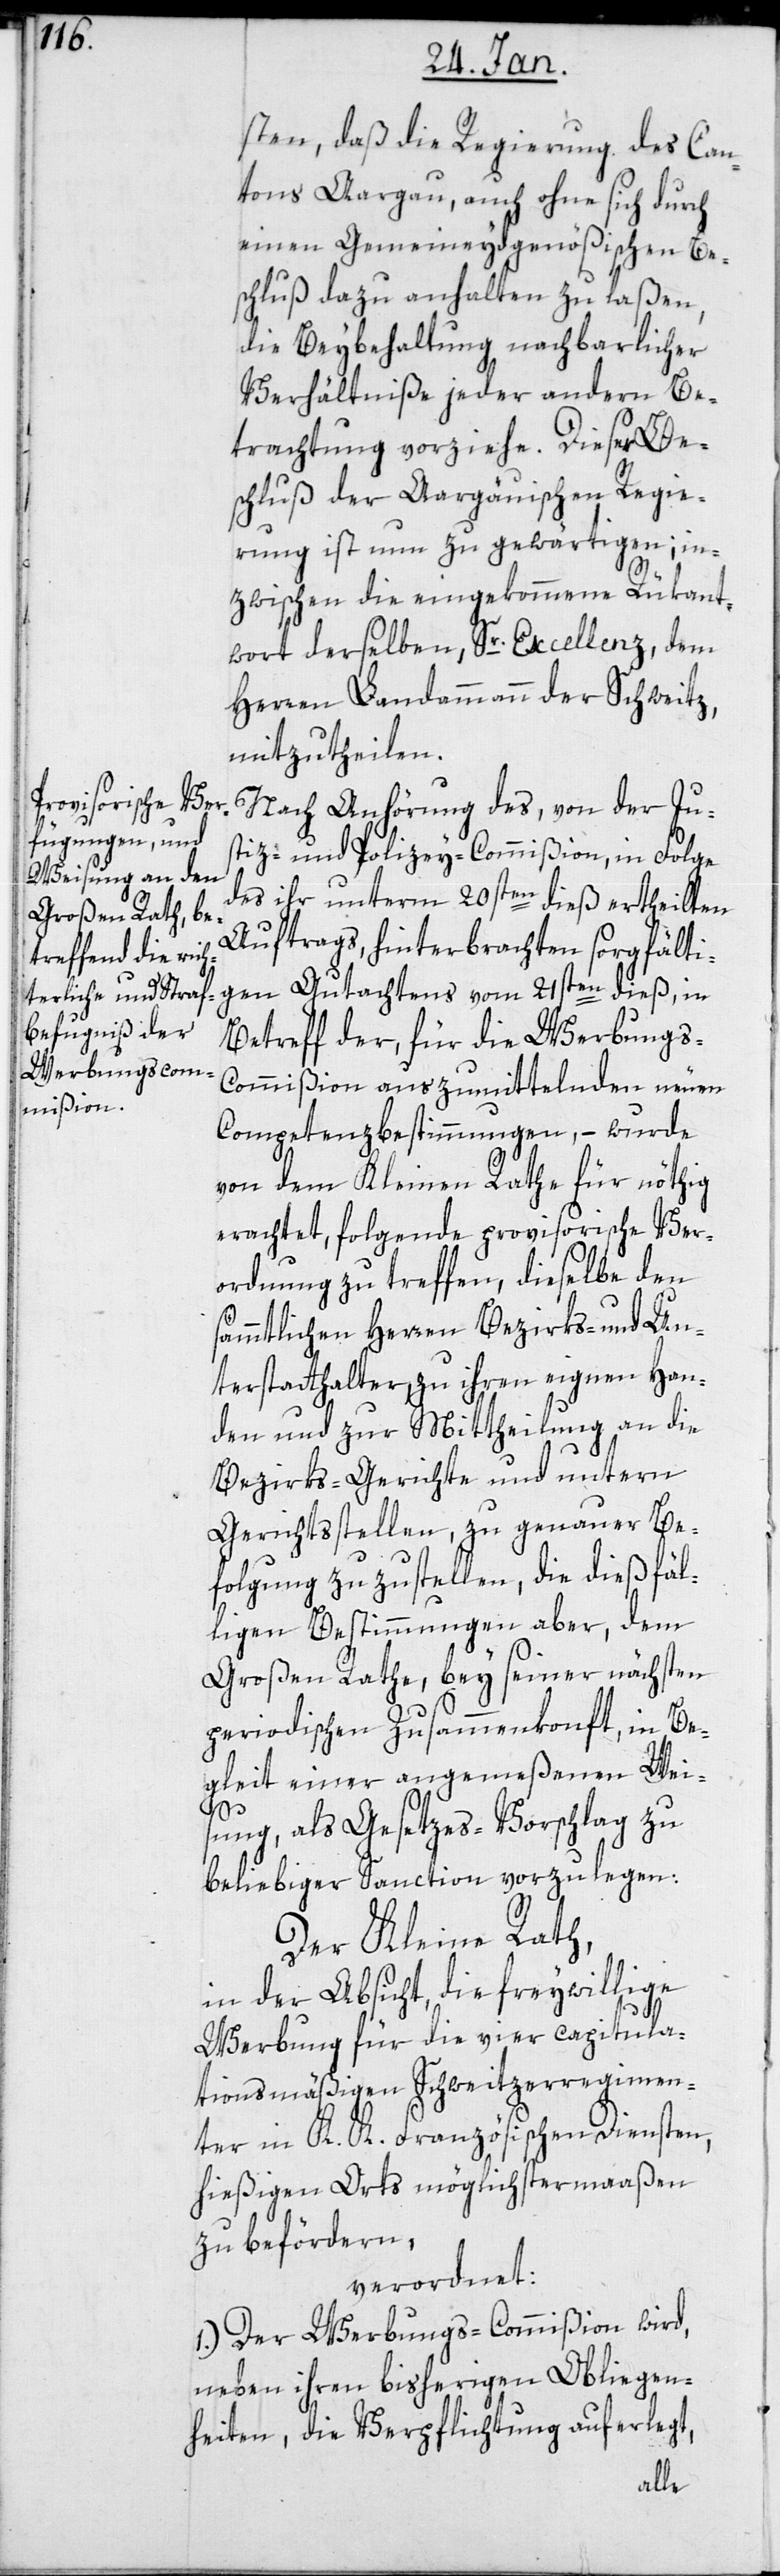
sten, daß die Regierung des Can¬
tons Aargau, auch ohne sich durch
einen Gemeineydgenößischen Be¬
schluß dazu anhalten zu laßen,
die Beybehaltung nachbarlicher
Verhältniße jeder andern Be¬
trachtung vorziehe. Dieser Be¬
schluß der Aargäuischen Regie¬
rung ist nun zu gewärtigen, in¬
zwischen die eingekommene Rükant¬
wort derselben, Sr. Excellenz dem
Herren Landammann der Schweitz,
mitzutheilen.
Nach Anhörung des, von der Ju¬
stiz- und Polizey-Commißion in Folge
des ihr unterm 20sten dieß ertheilten
Auftrags, hinterbrachten sorgfälti¬
gen Gutachtens vom 21sten dieß, in
Betreff der, für die Werbungs-C¬
ommißion auszumittelnden neuen
Competenzbestimmungen, – wurde
von dem Kleinen Rathe für nöthig
erachtet, folgende provisorische Ver¬
ordnung zu treffen, dieselbe den
sämtlichen Herren Bezirks- und Un¬
terstatthalteren, zu ihren eignen Han¬
den und zur Mitteilung an die
Bezirks-Gerichte und untern
Gerichtsstellen, zu genauer Be¬
folgung zuzustellen, die dießfäl¬
ligen Bestimmungen aber, dem
großen Rathe, bey seiner nächsten
periodischen Zusammenkonft, in Be¬
gleit einer angemeßenen Wei¬
sung, als Gesetzesvorschlag zu
beliebiger Sanction vorzulegen:
Der Kleine Rath,
in der Absicht, die freiwillige
Werbung für die vier capitula¬
tionsmäßigen Schweitzerregimen¬
ter in k.k. Französischen Diensten,
hießigen Orts möglichstermaaßen
zu befördern,
verordnet:
1.) Der Werbungs-Commißion wird,
neben ihren bisherigen Obliegen¬
heiten, die Verpflichtung auferlegt,